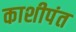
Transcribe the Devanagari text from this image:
काशीपंत